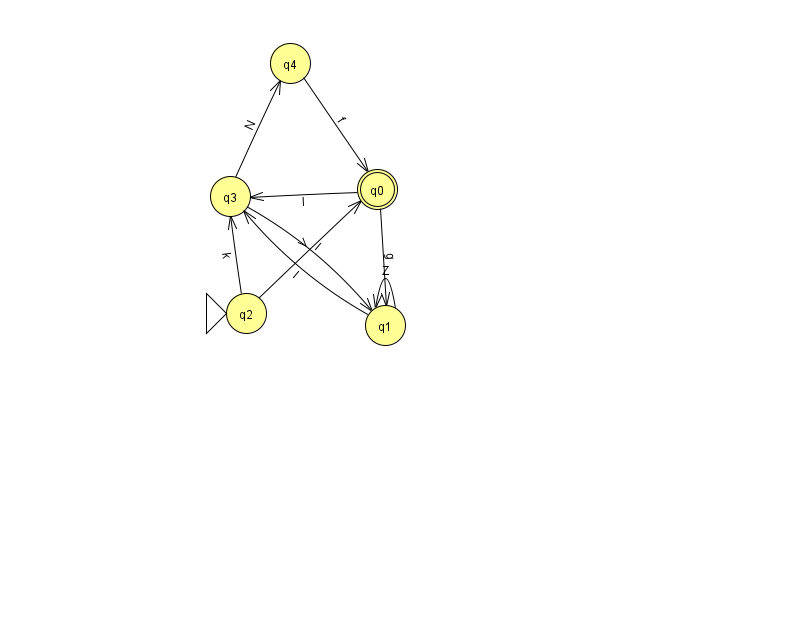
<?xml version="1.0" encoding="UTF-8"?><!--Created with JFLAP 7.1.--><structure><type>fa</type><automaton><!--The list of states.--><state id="0" name="q0"><x>377.0</x><y>176.0</y><final/></state><state id="1" name="q1"><x>385.0</x><y>312.0</y></state><state id="2" name="q2"><x>246.0</x><y>300.0</y><initial/></state><state id="3" name="q3"><x>230.0</x><y>183.0</y></state><state id="4" name="q4"><x>290.0</x><y>50.0</y></state><!--The list of transitions.--><transition><from>0</from><to>1</to><read>g</read></transition><transition><from>3</from><to>4</to><read>N</read></transition><transition><from>2</from><to>3</to><read>k</read></transition><transition><from>3</from><to>1</to><read>I</read></transition><transition><from>0</from><to>3</to><read>l</read></transition><transition><from>1</from><to>1</to><read>Z</read></transition><transition><from>1</from><to>3</to><read>l</read></transition><transition><from>2</from><to>0</to><read>V</read></transition><transition><from>4</from><to>0</to><read>f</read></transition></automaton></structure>